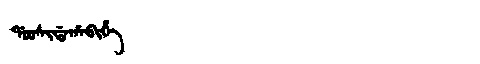
Manchu: ᡩᠣᠣᠰᡳᡩᠠᡥᠠᠪᡳᡥᡝ
Romanization: DOOSIDAHABIHE